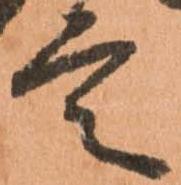
言